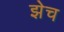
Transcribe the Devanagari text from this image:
झेच